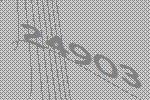
24903